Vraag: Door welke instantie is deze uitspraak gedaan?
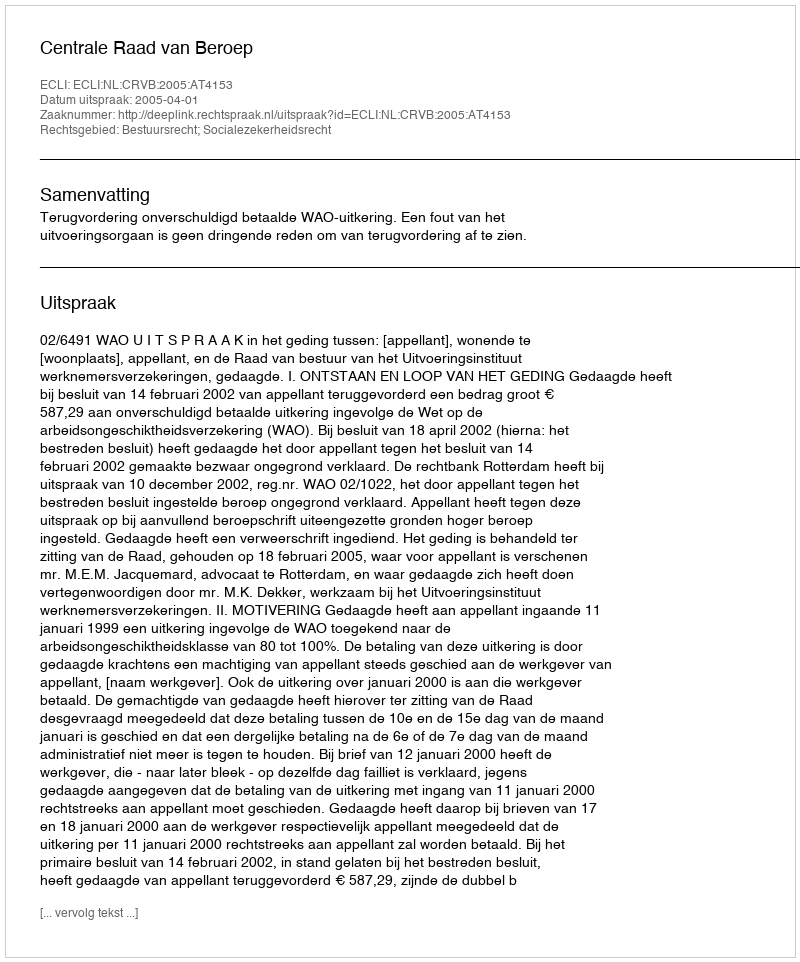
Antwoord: Centrale Raad van Beroep